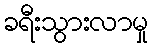
ခရီးသွားလာမှု